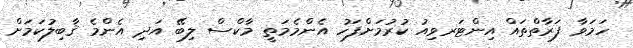
ހަމަވާ ފަރާތްތައް އިންޓަރވިއު ކުރުމަށްފަހު އެންމެމަތީ މާކްސް ލިބޭ އަދި އެންމެ ޤާބިލުކަމަށް